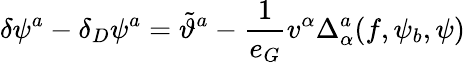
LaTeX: \delta\psi^{a}-\delta_{D}\psi^{a}=\tilde{\vartheta}^{a}-\frac{1}{e_{G}}v^{\alpha}\Delta_{\alpha}^{a}(f,\psi_{b},\psi)